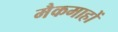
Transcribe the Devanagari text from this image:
मैकमाहों